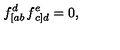
f _ { \left[ a b \right. } ^ { d } f _ { \left. c \right] d } ^ { e } = 0 ,